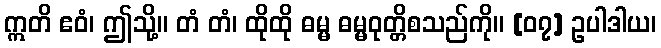
ဣတိ ဧဝံ၊ ဤသို့။ တံ တံ၊ ထိုထို ဓမ္မ ဓမ္မဝုတ္တိစသည်ကို။ [၀၇] ဥပါဒါယ၊